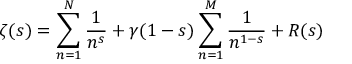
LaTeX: \zeta ( s ) = \sum _ { n = 1 } ^ { N } { \frac { 1 } { n ^ { s } } } + \gamma ( 1 - s ) \sum _ { n = 1 } ^ { M } { \frac { 1 } { n ^ { 1 - s } } } + R ( s )